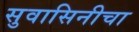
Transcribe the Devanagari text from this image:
सुवासिनीचा